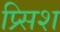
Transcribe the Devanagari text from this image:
प्र्सिश